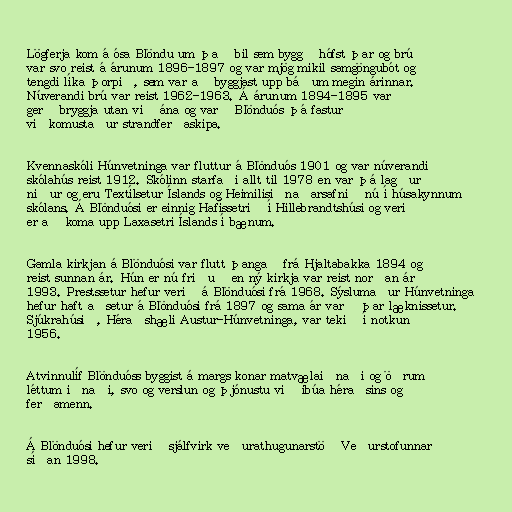
Lögferja kom á ósa Blöndu um það bil sem byggð hófst þar og brú
var svo reist á árunum 1896-1897 og var mjög mikil samgöngubót og
tengdi líka þorpið, sem var að byggjast upp báðum megin árinnar.
Núverandi brú var reist 1962-1963. Á árunum 1894-1895 var
gerð bryggja utan við ána og varð Blönduós þá fastur
viðkomustaður strandferðaskipa.

Kvennaskóli Húnvetninga var fluttur á Blönduós 1901 og var núverandi
skólahús reist 1912. Skólinn starfaði allt til 1978 en var þá lagður
niður og eru Textílsetur Íslands og Heimilisiðnaðarsafnið nú í húsakynnum
skólans. Á Blönduósi er einnig Hafíssetrið í Hillebrandtshúsi og verið
er að koma upp Laxasetri Íslands í bænum.

Gamla kirkjan á Blönduósi var flutt þangað frá Hjaltabakka 1894 og
reist sunnan ár. Hún er nú friðuð en ný kirkja var reist norðan ár
1993. Prestssetur hefur verið á Blönduósi frá 1968. Sýslumaður Húnvetninga
hefur haft aðsetur á Blönduósi frá 1897 og sama ár varð þar læknissetur.
Sjúkrahúsið, Héraðshæli Austur-Húnvetninga, var tekið í notkun
1956.

Atvinnulíf Blönduóss byggist á margs konar matvælaiðnaði og öðrum
léttum iðnaði, svo og verslun og þjónustu við íbúa héraðsins og
ferðamenn.

Á Blönduósi hefur verið sjálfvirk veðurathugunarstöð Veðurstofunnar
síðan 1998.